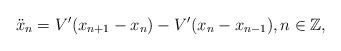
LaTeX: \begin{align*}\ddot{x}_n = V'(x_{n+1} - x_n) - V'(x_n - x_{n-1}),n \in \mathbb{Z},\end{align*}